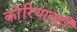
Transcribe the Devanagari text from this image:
कोरियातही